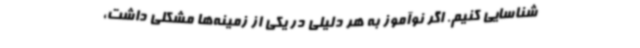
شناسایی کنیم. اگر نوآموز به هر دلیلی در یکی از زمینه‌ها مشکلی داشت،